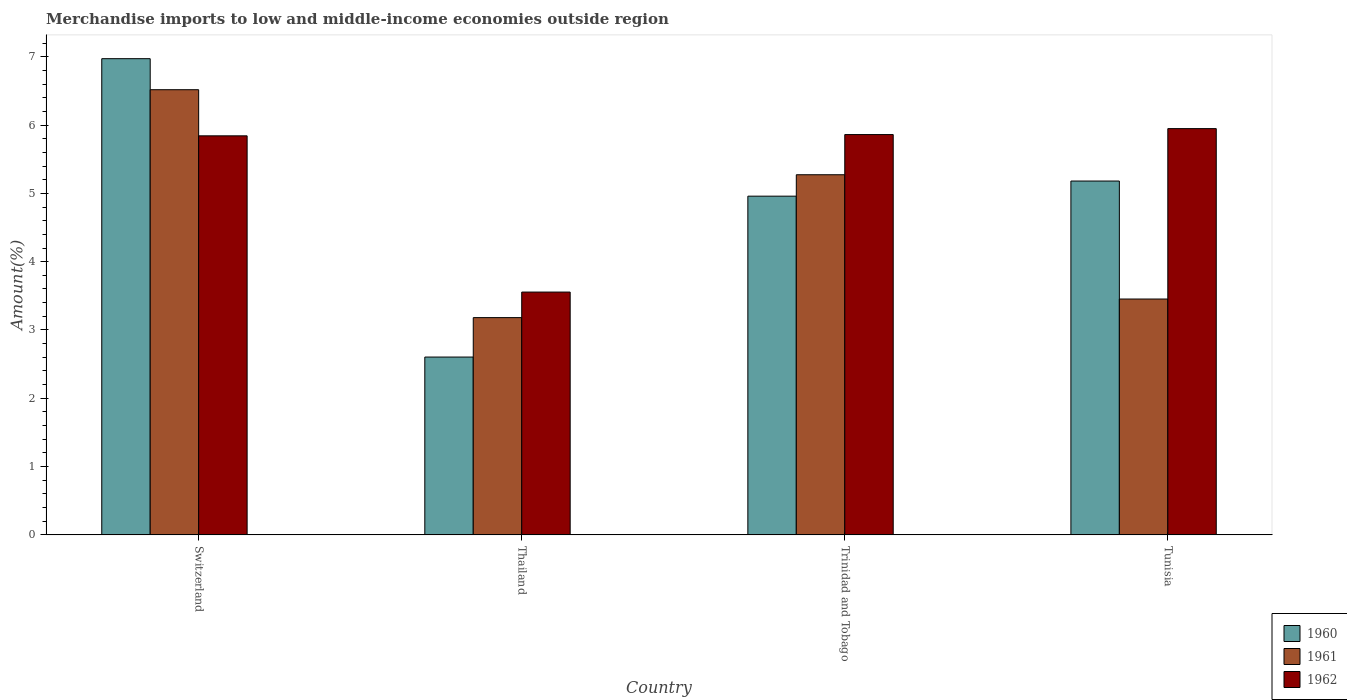
| Country | 1960 | 1961 | 1962 |
 | --- | --- | --- | --- |
 | Switzerland | 6.97 | 6.52 | 5.84 |
 | Thailand | 2.6 | 3.18 | 3.55 |
 | Trinidad and Tobago | 4.96 | 5.27 | 5.86 |
 | Tunisia | 5.18 | 3.45 | 5.95 |